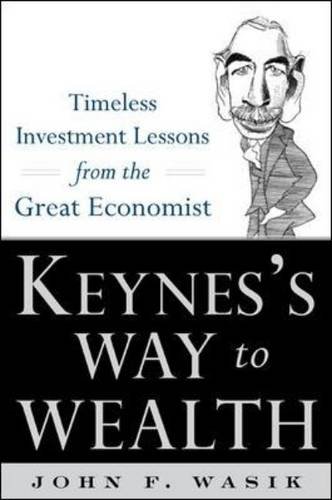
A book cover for Keynes's Way to Wealth: Timeless Investment Lessons from The Great Economist; John F. Wasik; Business & Money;